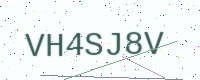
Text: VH4SJ8V